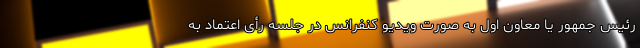
رئیس جمهور یا معاون اول به صورت ویدیو کنفرانس در جلسه رأی اعتماد به